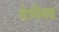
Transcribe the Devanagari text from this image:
श्रेणीबद्व